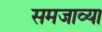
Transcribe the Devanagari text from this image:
समजाव्या